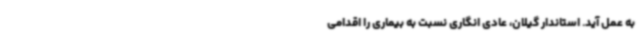
به عمل آید. استاندار گیلان، عادی انگاری نسبت به بیماری را اقدامی